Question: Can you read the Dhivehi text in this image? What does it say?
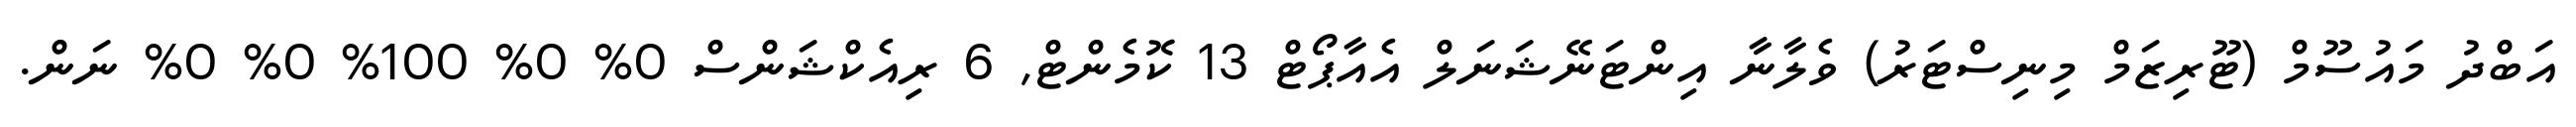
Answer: އަބްދު މައުސޫމް (ޓޫރިޒަމް މިނިސްޓަރު) ވެލާނާ އިންޓަނޭޝަނަލް އެއާޕޯޓް 13 ކޮމެންޓް, 6 ރިއެކްޝަންސް 0% 0% 100% 0% 0% ނަން.